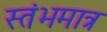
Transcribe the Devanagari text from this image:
स्तंभमात्र